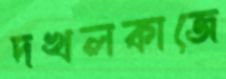
দখলকাজে